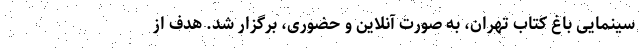
سینمایی باغ کتاب تهران، به صورت آنلاین و حضوری، برگزار شد. هدف از